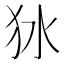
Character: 𤝎